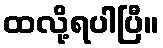
ထလို့ရပါပြီ။